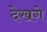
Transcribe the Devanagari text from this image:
देखगे